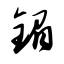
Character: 镅